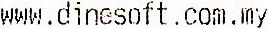
WWW.DINESOFT.COM.MY